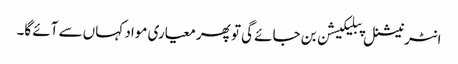
انٹرنیشنل پبلیکیشن بن جائے گی تو پھر معیاری مواد کہاں سے آئے گا۔